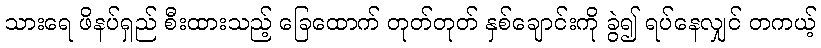
သားရေ ဖိနပ်ရှည် စီးထားသည့် ခြေထောက် တုတ်တုတ် နှစ်ချောင်းကို ခွဲ၍ ရပ်နေလျှင် တကယ့်